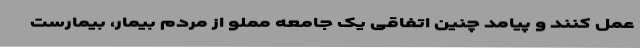
عمل کنند و پیامد چنین اتفاقی یک جامعه مملو از مردم بیمار، بیمارست